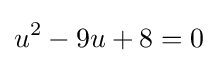
u^{2}-9u+8=0